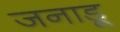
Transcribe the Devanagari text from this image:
जनाडू